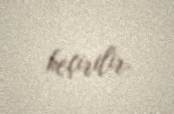
keçirilir.